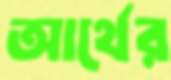
আর্থের